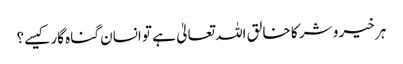
ہر خیر و شر کا خالق اللہ تعالیٰ ہے تو انسان گناہ گار کیسے؟